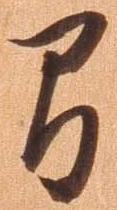
間